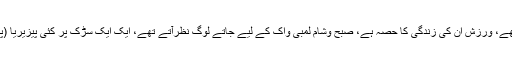
لاک ڈاؤن سے پہلے سڑکوں پر کئی نوجوان گٹار اٹھائے مل جاتے تھے، ورزش ان کی زندگی کا حصہ ہے، صبح وشام لمبی واک کے لیے جاتے لوگ نظرآتے تھے، ایک ایک سڑک پر کئی پیزیریا (پیزا شاپ( موجود ہیں جہاں ہر وقت نوجوانوں کی بھیڑ لگی رہتی تھی۔